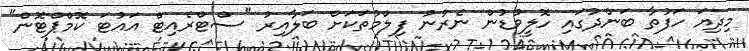
މިދިޔަ ހަފުތާ ބަންދުގައި ހޮލީވުޑުން ނެރުނު ފިލްމުތަކަށް ބަލާއިރު "ސްޓްރެއިޓް އައުޓަ ކޮމްޕްޓޮން"